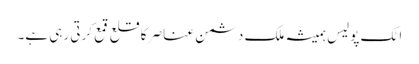
اٹک پولیس ہمیشہ ملک دشمن عناصر کا قلع قمع کرتی رہی ہے۔